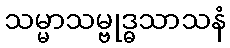
သမ္မာသမ္ဗုဒ္ဓသာသနံ